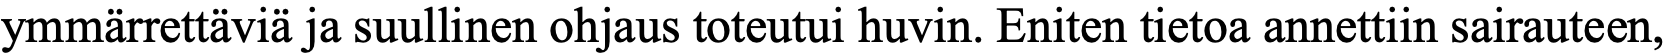
ymmärrettäviä ja suullinen ohjaus toteutui huvin. Eniten tietoa annettiin sairauteen,